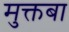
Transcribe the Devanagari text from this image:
मुक्तबा